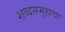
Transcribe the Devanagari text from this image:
शब्दसमूहाचा